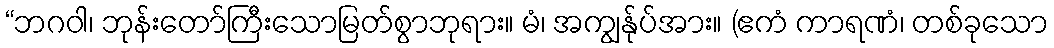
“ဘဂဝါ၊ ဘုန်းတော်ကြီးသောမြတ်စွာဘုရား။ မံ၊ အကျွန်ုပ်အား။ (ဧကံ ကာရဏံ၊ တစ်ခုသော